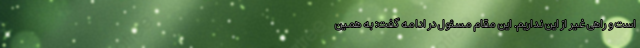
است و راهی غیر از این نداریم. این مقام مسئول در ادامه گفت: به همین